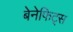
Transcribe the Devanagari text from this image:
बेनेफिट्स